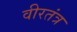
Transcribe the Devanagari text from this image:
वीरतंत्र